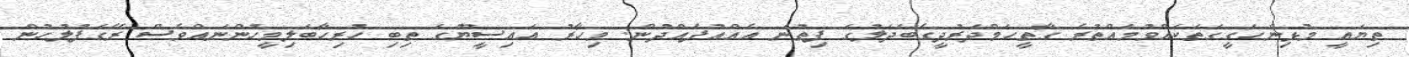
ތިޔައީ މުޅިންހަގީގަތަކައްވުމައްތުރެ ގާތީހަމްދަރުދީގެބަދަލުގަ ފިތުނަ އެއްއުފެއްދުން. މިހާރު އައިސީޔޫގަ ތިބި ހުރިހާބަލިމީހުންނައްވެސް ރޭގަފުލުހުން